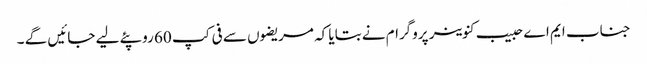
جناب ایم اے حبیب کنوینر پروگرام نے بتایا کہ مریضوں سے فی کپ 60 روپئے لیے جائیں گے ۔